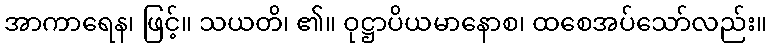
အာကာရေန၊ ဖြင့်။ သယတိ၊ ၏။ ဝုဋ္ဌာပိယမာနောစ၊ ထစေအပ်သော်လည်း။